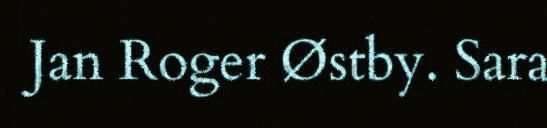
Jan Roger Østby. Sara